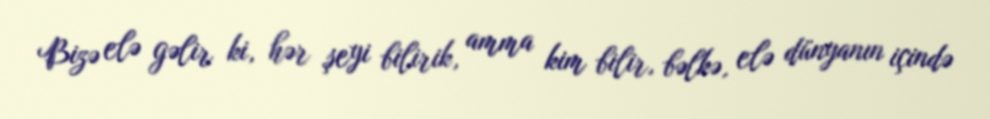
Bizə elə gəlir ki, hər şeyi bilirik, amma kim bilir, bəlkə, elə dünyanın içində